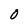
Character: O